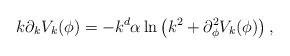
\begin{align*}k\partial_k V_k(\phi)=-k^d\alpha\ln\left(k^2+\partial^2_{\phi}V_k(\phi)\right),\end{align*}